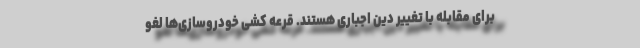
برای مقابله با تغییر دین اجباری هستند. قرعه کشی خودروسازی‌ها لغو